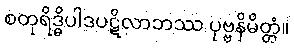
စတုရိဒ္ဓိပါဒပဋိလာဘဿ ပုဗ္ဗနိမိတ္တံ။